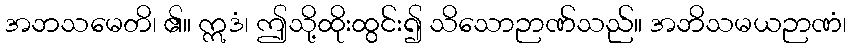
အဘသမေတိ၊ ၏။ ဣဒံ၊ ဤသို့ထိုးထွင်း၍ သိသောဉာဏ်သည်။ အဘိသမယဉာဏံ၊